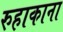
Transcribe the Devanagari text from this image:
रुहाकाना